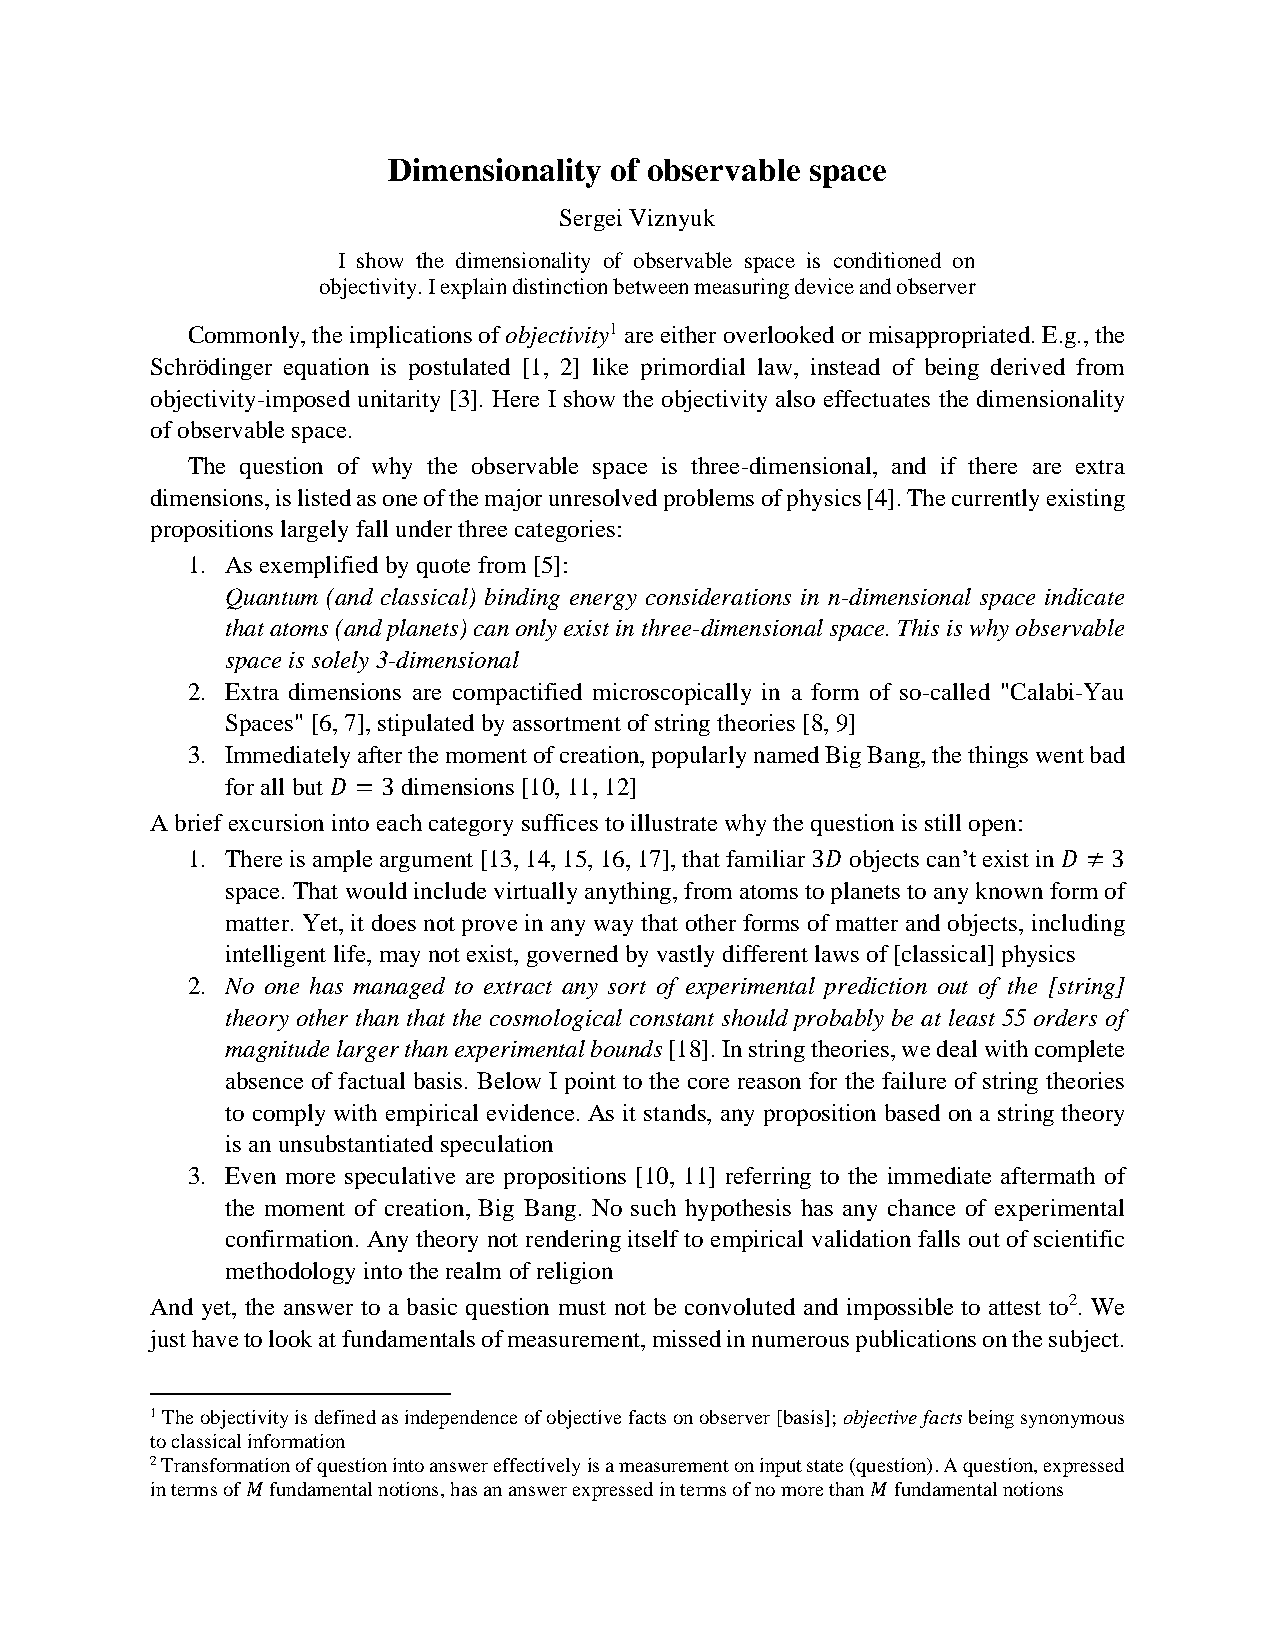
Dimensionality of observable space
 Sergei Viznyuk
 I show the dimensionality of observable space is conditioned on
 objectivity. I explain distinction between measuring device and observer
 Commonly, the implications of objectivity1 are either overlooked or misappropriated. E.g., the
 Schrödinger equation is postulated [1, 2] like primordial law, instead of being derived from
 objectivity-imposed unitarity [3]. Here I show the objectivity also effectuates the dimensionality
 of observable space.
 The question of why the observable space is three-dimensional, and if there are extra
 dimensions, is listed as one of the major unresolved problems of physics [4]. The currently existing
 propositions largely fall under three categories:
 1. As exemplified by quote from [5]:
 Quantum (and classical) binding energy considerations in n-dimensional space indicate
 that atoms (and planets) can only exist in three-dimensional space. This is why observable
 space is solely 3-dimensional
 2. Extra dimensions are compactified microscopically in a form of so-called "Calabi-Yau
 Spaces" [6, 7], stipulated by assortment of string theories [8, 9]
 3. Immediately after the moment of creation, popularly named Big Bang, the things went bad
 for all but 𝐷 = 3 dimensions [10, 11, 12]
 A brief excursion into each category suffices to illustrate why the question is still open:
 1. There is ample argument [13, 14, 15, 16, 17], that familiar 3𝐷 objects can’t exist in 𝐷 ≠ 3
 space. That would include virtually anything, from atoms to planets to any known form of
 matter. Yet, it does not prove in any way that other forms of matter and objects, including
 intelligent life, may not exist, governed by vastly different laws of [classical] physics
 2. No one has managed to extract any sort of experimental prediction out of the [string]
 theory other than that the cosmological constant should probably be at least 55 orders of
 magnitude larger than experimental bounds [18]. In string theories, we deal with complete
 absence of factual basis. Below I point to the core reason for the failure of string theories
 to comply with empirical evidence. As it stands, any proposition based on a string theory
 is an unsubstantiated speculation
 3. Even more speculative are propositions [10, 11] referring to the immediate aftermath of
 the moment of creation, Big Bang. No such hypothesis has any chance of experimental
 confirmation. Any theory not rendering itself to empirical validation falls out of scientific
 methodology into the realm of religion
 And yet, the answer to a basic question must not be convoluted and impossible to attest to2. We
 just have to look at fundamentals of measurement, missed in numerous publications on the subject.
 1 The objectivity is defined as independence of objective facts on observer [basis]; objective facts being synonymous
 to classical information
 2 Transformation of question into answer effectively is a measurement on input state (question). A question, expressed
 in terms of 𝑀 fundamental notions, has an answer expressed in terms of no more than 𝑀 fundamental notions